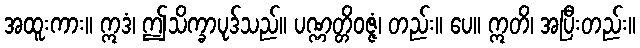
အထူးကား။ ဣဒံ၊ ဤသိက္ခာပုဒ်သည်။ ပဏ္ဏတ္တိဝဇ္ဇံ၊ တည်း။ ပေ။ ဣတိ၊ အပြီးတည်း။